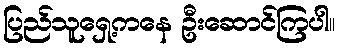
ပြည်သူရှေ့ကနေ ဦးဆောင်ကြပါ။